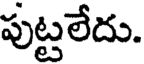
పుట్టలేదు.